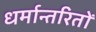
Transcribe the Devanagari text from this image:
धर्मान्तरितों